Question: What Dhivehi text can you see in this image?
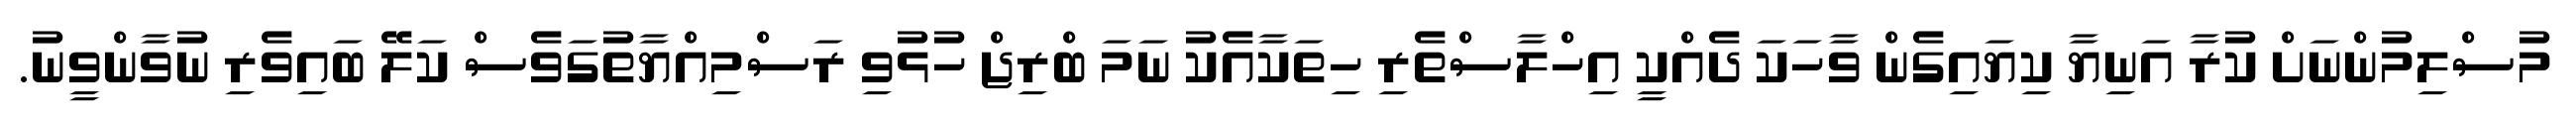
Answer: މުސްލިމުންނަށް ކުރާ އަނިޔާ ކިޔައިގެން ވާހަކަ ދެއްކީ އިހްލާސްތެރި ހިތަކާއެކު ނަމަ ބްރިޖް ހުޅުވި ރަސްމިއްޔާތުގަވެސް ކަލޭ ބައިވެރި ނުވާންވީނު.